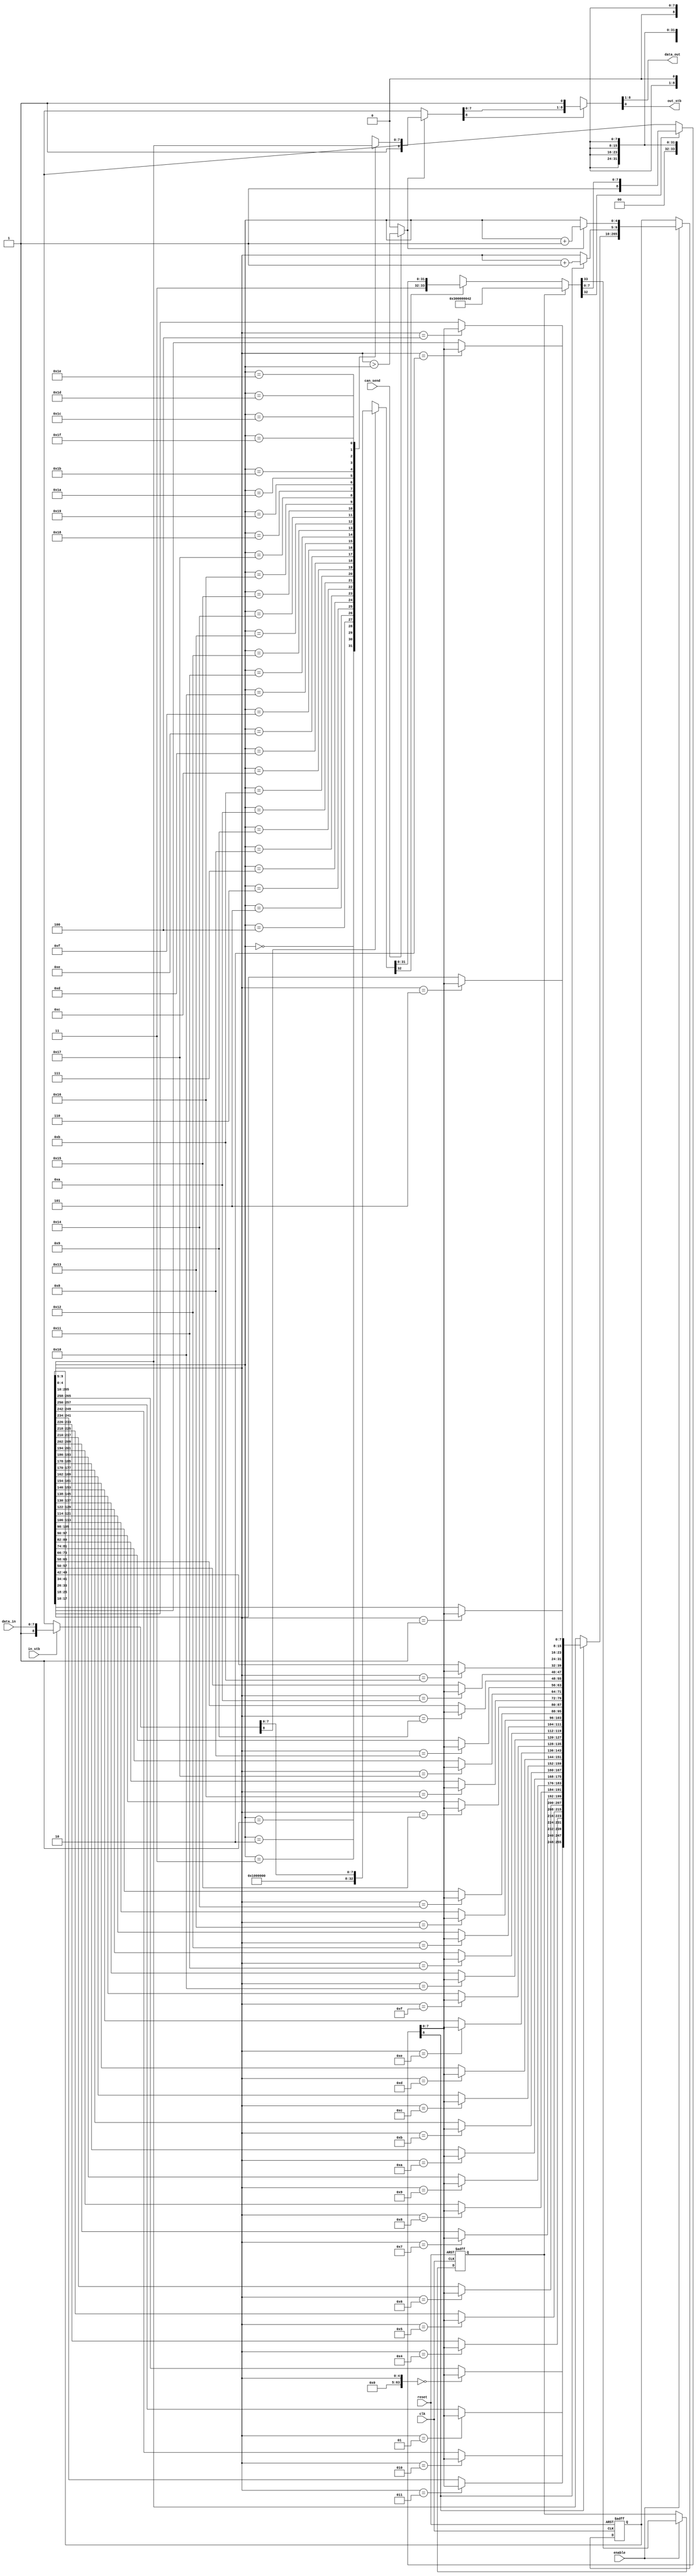
/* AUTOMATICALLY GENERATED VERILOG-2001 SOURCE CODE.
** GENERATED BY CLASH 1.4.6. DO NOT MODIFY.
*/
`timescale 100fs/100fs
module serial
    ( // Inputs
      input  clk // clock
    , input  reset // reset
    , input  enable // enable
    , input  can_send
    , input [7:0] data_in
    , input  in_stb

      // Outputs
    , output wire [7:0] data_out
    , output wire  out_stb
    );
  // Types.hs:17:1-36
  wire [8:0] c$ds_app_arg;
  // Puzzle.hs:(7,1)-(8,67)
  wire signed [63:0] c$ds_app_arg_0;
  // Puzzle.hs:(7,1)-(8,67)
  wire [32:0] c$ds_app_arg_1;
  // Puzzle.hs:32:1-11
  wire [7:0] a1;
  // Puzzle.hs:(11,1)-(12,69)
  wire [33:0] c$ds_case_alt;
  wire [33:0] result_0;
  wire [32:0] result_1;
  // Puzzle.hs:(11,1)-(12,69)
  reg  maybeToBoola_sending = 1'b0;
  wire signed [63:0] c$app_arg;
  wire [8:0] result_2;
  // Types.hs:(21,1)-(22,72)
  reg [265:0] maybeToBoola_c$ds_app_arg = {{8'b00000001,   8'b00000001,   8'b00000001,   8'b00000001,   8'b00000001,
  8'b00000001,   8'b00000001,   8'b00000001,   8'b00000001,   8'b00000001,
  8'b00000001,   8'b00000001,   8'b00000001,   8'b00000001,   8'b00000001,
  8'b00000001,   8'b00000001,   8'b00000001,   8'b00000001,   8'b00000001,
  8'b00000001,   8'b00000001,   8'b00000001,   8'b00000001,   8'b00000001,
  8'b00000001,   8'b00000001,   8'b00000001,   8'b00000001,   8'b00000001,
  8'b00000001,   8'b00000001},   5'd0,   5'd0};
  wire [8:0] result_3;
  // Types.hs:39:1-15
  wire signed [63:0] c$wild3_app_arg;
  wire [255:0] result_4;
  wire [255:0] c$app_arg_0;
  wire [4:0] c$app_arg_1;
  wire [4:0] c$app_arg_2;
  // Types.hs:39:1-15
  wire signed [63:0] c$wild3_app_arg_0;
  wire [7:0] result_5;
  wire [8:0] c$app_arg_3;
  wire [274:0] result_6;
  // Types.hs:39:1-15
  wire  canSend;
  // Types.hs:39:1-15
  wire [7:0] a;
  // Types.hs:39:1-15
  wire signed [63:0] wild3;
  // Types.hs:39:1-15
  wire signed [63:0] wild3_0;
  // Types.hs:39:1-15
  wire  doSend;
  // Types.hs:39:1-15
  wire [4:0] readPointer1;
  // Types.hs:39:1-15
  wire [4:0] writePointer1;
  // Types.hs:39:1-15
  wire [255:0] memory1;
  // Puzzle.hs:(24,1)-(25,68)
  wire [31:0] a1_0;
  // Types.hs:17:1-36
  wire [7:0] a1_1;
  wire [9:0] eta;
  wire [8:0] result;

  assign eta = {can_send,   data_in,   in_stb};

  assign c$ds_app_arg = eta[0:0] ? {1'b1,eta[8:1]} : {1'b0,8'bxxxxxxxx};

  assign c$ds_app_arg_0 = $unsigned({{(64-8) {1'b0}},a1});

  assign c$ds_app_arg_1 = c$ds_app_arg[8:8] ? {1'b1,$unsigned(c$ds_app_arg_0[0+:32])} : {1'b0,32'bxxxxxxxxxxxxxxxxxxxxxxxxxxxxxxxx};

  assign a1 = c$ds_app_arg[7:0];

  assign c$ds_case_alt = c$ds_app_arg_1[32:32] ? {1'b1,
                                                  c$ds_app_arg_1} : {1'b0,
                                                                     {1'b0,32'bxxxxxxxxxxxxxxxxxxxxxxxxxxxxxxxx}};

  assign result_0 = maybeToBoola_sending ? {1'b1,
                                            {1'b1,32'd66}} : c$ds_case_alt;

  assign result_1 = result_0[32:0];

  // register begin
  always @(posedge clk or  posedge  reset) begin : maybeToBoola_sending_register
    if ( reset) begin
      maybeToBoola_sending <= 1'b0;
    end else if (enable) begin
      maybeToBoola_sending <= result_0[33:33];
    end
  end
  // register end

  assign c$app_arg = $unsigned({{(64-32) {1'b0}},a1_0});

  assign result_2 = result_1[32:32] ? {1'b1,$unsigned(c$app_arg[0+:8])} : {1'b0,8'bxxxxxxxx};

  // register begin
  always @(posedge clk or  posedge  reset) begin : maybeToBoola_c$ds_app_arg_register
    if ( reset) begin
      maybeToBoola_c$ds_app_arg <= {{8'b00000001,   8'b00000001,   8'b00000001,   8'b00000001,   8'b00000001,
    8'b00000001,   8'b00000001,   8'b00000001,   8'b00000001,   8'b00000001,
    8'b00000001,   8'b00000001,   8'b00000001,   8'b00000001,   8'b00000001,
    8'b00000001,   8'b00000001,   8'b00000001,   8'b00000001,   8'b00000001,
    8'b00000001,   8'b00000001,   8'b00000001,   8'b00000001,   8'b00000001,
    8'b00000001,   8'b00000001,   8'b00000001,   8'b00000001,   8'b00000001,
    8'b00000001,   8'b00000001},   5'd0,   5'd0};
    end else if (enable) begin
      maybeToBoola_c$ds_app_arg <= result_6[274:9];
    end
  end
  // register end

  assign result_3 = result_6[8:0];

  assign c$wild3_app_arg = $unsigned({{(64-5) {1'b0}},writePointer1});

  // vector replace begin
  genvar i;
  generate
  for (i=0;i<32;i=i+1) begin : vector_replace
    assign result_4[(31-i)*8+:8] = (wild3) == i ? a : memory1[(31-i)*8+:8];
  end
  endgenerate
  // vector replace end

  assign c$app_arg_0 = result_2[8:8] ? result_4 : memory1;

  assign c$app_arg_1 = result_2[8:8] ? (writePointer1 + 5'd1) : writePointer1;

  assign c$app_arg_2 = doSend ? (readPointer1 + 5'd1) : readPointer1;

  assign c$wild3_app_arg_0 = $unsigned({{(64-5) {1'b0}},readPointer1});

  // index begin
  wire [7:0] vecArray [0:32-1];
  genvar i_0;
  generate
  for (i_0=0; i_0 < 32; i_0=i_0+1) begin : mk_array
    assign vecArray[(32-1)-i_0] = memory1[i_0*8+:8];
  end
  endgenerate
  assign result_5 = vecArray[(wild3_0)];
  // index end

  assign c$app_arg_3 = doSend ? {1'b1,result_5} : {1'b0,8'bxxxxxxxx};

  assign result_6 = {{c$app_arg_0,   c$app_arg_1,
                      c$app_arg_2},   c$app_arg_3};

  assign canSend = eta[9:9];

  assign a = result_2[7:0];

  assign wild3 = $signed(c$wild3_app_arg);

  assign wild3_0 = $signed(c$wild3_app_arg_0);

  assign doSend = canSend ? (writePointer1 > readPointer1) : 1'b0;

  assign readPointer1 = maybeToBoola_c$ds_app_arg[4:0];

  assign writePointer1 = maybeToBoola_c$ds_app_arg[9:5];

  assign memory1 = maybeToBoola_c$ds_app_arg[265:10];

  assign a1_0 = result_1[31:0];

  assign result = result_3[8:8] ? {a1_1,
                                   1'b1} : {{8 {1'bx}},   1'b0};

  assign a1_1 = result_3[7:0];

  assign data_out = result[8:1];

  assign out_stb = result[0:0];


endmodule